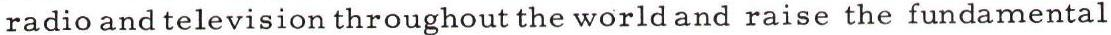
radio and television throughout the world and raise the fundamental